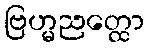
ဗြဟ္မညတ္ထော